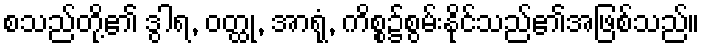
စသည်တို့၏ ဒွါရ, ဝတ္ထု, အာရုံ, ကိစ္စ၌စွမ်းနိုင်သည်၏အဖြစ်သည်။